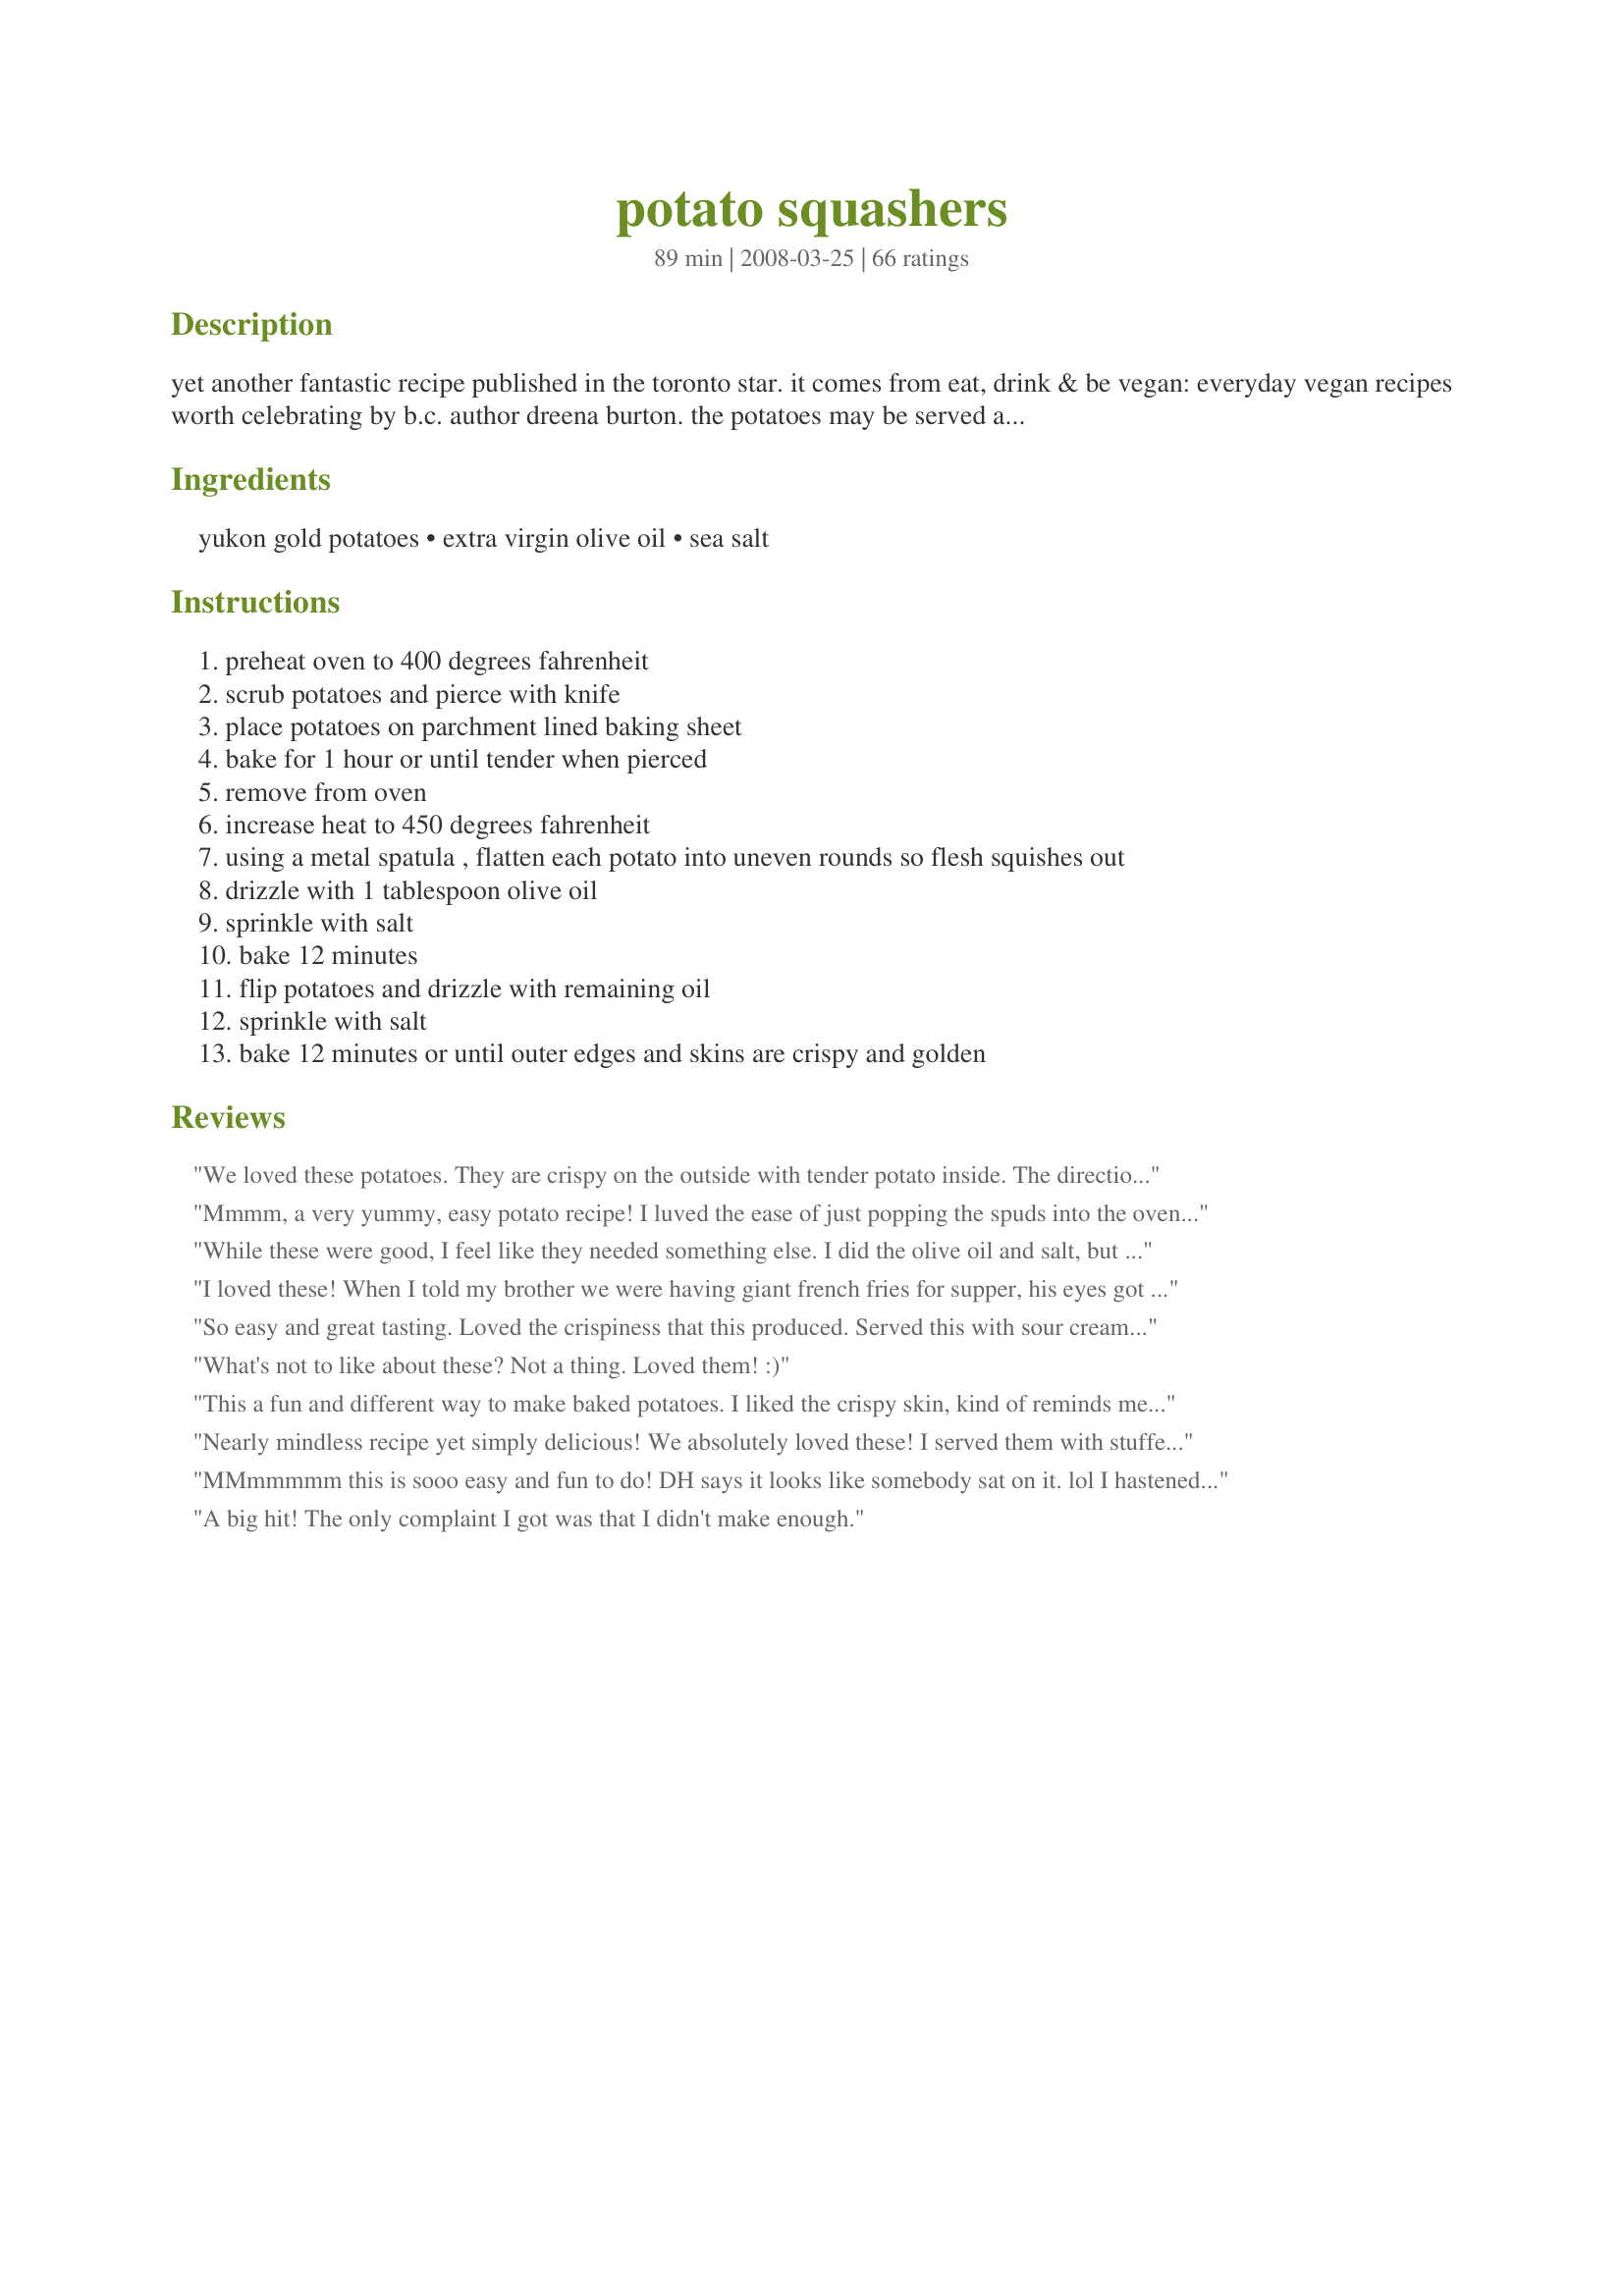
potato squashers
Preparation time: 89 minutes

yet another fantastic recipe published in the toronto star. it comes from eat, drink & be vegan: everyday vegan recipes worth celebrating by b.c. author dreena burton.
the potatoes may be served as is or with your favourite toppings; i.e. sour cream)

Ingredients:
yukon gold potatoes, extra virgin olive oil, sea salt

Steps:
preheat oven to 400 degrees fahrenheit
scrub potatoes and pierce with knife
place potatoes on parchment lined baking sheet
bake for 1 hour or until tender when pierced
remove from oven
increase heat to 450 degrees fahrenheit
using a metal spatula , flatten each potato into uneven rounds so flesh squishes out
drizzle with 1 tablespoon olive oil
sprinkle with salt
bake 12 minutes
flip potatoes and drizzle with remaining oil
sprinkle with salt
bake 12 minutes or until outer edges and skins are crispy and golden

Reviews:
We loved these potatoes. They are crispy on the outside with tender potato inside. The directions are well written and easy to follow. This was served with steam vegetables and recipe #275982 for a delicious meal. Made for PAC Spring 2008.
Mmmm, a very yummy, easy potato recipe!
I luved the ease of just popping the spuds into the oven and letting them roast away.
The skins got very crispy and the interior of the taters was so creamy and somehow buttery. SOOO YUMMY!!!!
Thank you so much for sharing this great recipe with us, dreamer! I will certainly make it again, maybe topping the taters with some cheese.
Made and reviewed for one of my PAC babies March 2010.
While these were good, I feel like they needed something else. I did the olive oil and salt, but perhaps I was light handed. They were a nice addition to our dinner. Next time I may add some bacon bits or cheddar, to mimic a potato skin. Thanks for sharing, Dreamer In Ontario.
I loved these! When I told my brother we were having giant french fries for supper, his eyes got all big- and that's what these tasted like, though they were easier and healthier. Even using plain old white potatoes, they tasted great. On the second side I tried brushing the oil on, which helped it spread better. I'll make these again ASAP! Thanks! UPDATE: The words of my (picky) little brother the next day: "That potato was one of the best things I've ever eaten!" AND ANOTHER UPDATE: I'm now living with my cousin and her family, and they raved over these, too! I added a little chopped garlic to the olive oil on the second side. *yum*. These will definitely be a repeat here!
So easy and great tasting. Loved the crispiness that this produced. Served this with sour cream. I did use kosher salt instead of sea salt since that was what I had. Thanks. Made for PRMR
What's not to like about these? Not a thing. Loved them! :)
This a fun and different way to make baked potatoes. I liked the crispy skin, kind of reminds me of potato skin appetizers as for the texture. I made as written, then adding a little butter and sour cream. Thanks for sharing. Made for PRMR tag.
Nearly mindless recipe yet simply delicious! We absolutely loved these! I served them with stuffed peppers with cheese (including my revisions - see rating). Stellar meal! Thank you! This recipe's a keeper...
MMmmmmm this is sooo easy and fun to do! DH says it looks like somebody sat on it. lol
I hastened the cooking process by microwaving it for 7 mins cutting out 55mins of baking (great isn't it? :D ), then squashed it and poured oil with salt on it. Waited for it to bake in the oven for 12mins/each side and voila!So tasty!Slight salty crunchy outer skin that's soft inside. Fabulous! Made for WZT4's family picks.
A big hit! The only complaint I got was that I didn't make enough.
Double WOW. This is fantastic! My family were eating these out of their hands. Great way to use up those potatoes that are small and take forever to peel. <br/><br/>Update: Dec. 29/11 I have made these several times and have always used smaller red potatoes - maybe next time I will use Yukons (as stated in the recipe).
Awesome way to do potatoes! I admit I may have cooked them longer. We were drinking wine and really didn't have an eye on the time. They may have cooked for about almost 2 hours total. They ended up crispy on the outside and so tender and potatoey fluffly on the inside. Fantastic!
Love this recipe. It was so easy, not much more effort than the microwave and the taste is so much better. Even the skin came out crispy and yummy. I've done this several times now - the first exactly as listed (great) and then with differant toppings added AFTER they were done - once a caper-sour cream and another salsa and cheese - no matter how it's done it's been great. Thanks for a great recipe.
These were really good potatoes. Very simple and tasty. They were, as others have already said, very soft on the inside and crunchy on the outside. Thanks for sharing Dreamer.
Awesome!!
Very good and very quite simple! I tossed some onion slices with olive oil, salt and pepper, and then I added them around the potatoes before baking. They were delicious, too! Thanks!
Yum, Yum, Yum
What a great alternative to the standard baked potato. And who would have thought with just the addition of a few x-tra ingredients the flavor goes way up. I did sprinkle a touch of garlic salt on the one side along with some sprinkles of baconbits and shredded cheddar. Yum, Yum!!!
Made for HolidayTag.
Wonderful! I cheated and microwaved small red potatoes, then baked in the oven. Great! Thanks Dreamer! Made for ZWT4-Family Picks!
Ha! these were so fun. It's like your destroying the potato, but only to make it better! We have to serve these next time we have guests over. The crunchy/creamy texture is wonderful. We used red potatoes and had em with a little dollop of sour cream. Yummy!
Another easy and fun way to dress up mashed potatoes! I canâ€™t get enough of this stuff!
The skin was a little tough, probably because I used russet potatoes. I squashed them a little too hard, oops! Nevertheless, they were so good! Can't wait to try this with other potatoes!
Made for the *PRMR* game, this is a tasty & unique quick-fix. I made the recipe 2X ~ 1st as a trial on Fri nite ahead of dinner guests on Sat & then again Sat nite. We really liked them Fri nite, but felt they would benefit from a boost of flavor. For us, that was garlic, so the 2nd batch was brushed w/garlic-infused olive oil to create the *Wow Factor* we were after. I esp like that these will always be a good potato side-dish to nearly every entree I might serve & do not require all the high-calorie add-ons typical of baked potatoes. Thx for shraing this recipe w/us. :-)
These are great! We served some as-is with ketchup, and added the bacon, cheese, and green onion to some for a super treat! Made for PRMR.
What fun! Loved how crispy the outside got. I rarely meet a potato that I don't love, and this is recipe is no exception. Thanks for sharing! Made for PRMR tag.
i cant believe how well these turned out,,, the whole family loves them,,, will be making them again and again
These things are like crack! They are addictive, good and so easy. I have no idea how they come out so creamy on the inside, maybe its the type of potato. But, D-LISH! HMMMMM.
Excellent. We enjoyed these today. I did sprinkle some cajun spice on ours before I sprinkled the sea salt. Very good. Thanks dreamer.
We love these thangs! What a great idea! You can use any kind of potato for these really. They are simple to prepare, and so good!
I don't think Tom actually believed me when I said we needed to bake a potato and then squish it. These are fun and GOOD. I love the crunchy crispy thing. If I can get him to make these instead of regular old baked potatoes all the time, my life will be completed ;)
Made for ZWT
mmmm...happy reviewer #45 here. I like these so much better than boring old mashed! And about the fluffiest baked pot I've ever had. I made them this aft in the toaster oven and I wish I had some miso gravy to pour over. Yum...this little recipe will be etched in my brain now for future use. Thanks Dreamer! Made for PARTY tag Dec09.
Great potatoes! I thought at first it was too much baking, but the potatoes did indeed end up crispy outside and soft and creamy inside. Thanks, Dreamer!
These were really good. We had some really tiny yukon gold and red potatoes. They were great. The different textures, the silky soft and the crunchy on the outside. I had seen a recipe that called for pan frying them to crisp them but this was so easy. I cooked them at the same time as I was making some cookies so they cooked a little longer but at 350 degrees. Yum.
Made with baby red skin's and they were awesome. I drizzled with a bit of garlic flavored olive oil and fine sea salt. I'm making them for a second time tonight.
These were very good, and as others have mentioned they are quite versatile in terms of good topping options. We found the skin to be a little bit too tough for us (especially for our 2 y/o) but that could be a function of my having used russet potatoes. These were easy to prepare, but be careful as you squash as two of mine split in half and I lost lots of filling when I flipped them. Thanks for posting, Dreamer...I know we'll try these again with yukon gold potatoes :). Made for PRMR.
Good spuds-crispy outsides and fluffy tender insides. We loved them thank you.
these are fantastic little devils :) i used pc mixed gems potatoes and added sour cream to it.
Yummy! I love crispy potatoes and these were perfect. I've done squashed potatoes in a pan before, but really prefer this method. Thank you for sharing! Made for Veg Swap.
So easy, delicious and definately a keeper!! Made for February Suan and Spice Event 2013. Thank you for posting.
These are wonderful. They get nice and crisp on the edges and because they are small there is a lot of crispy edges per potato. I have to make extra cuz DH can&#039;t get enough. Thank you for sharing with us.
Yummy potatoes! The squashed appearance might be best suited for your family, but they do taste great. I liked the crispness the oil gave to them. Like another reviewer, I also microwaved mine initially to save time. Served these plain as a side dish, but I could see guacamole and nonfat sour cream being good on these too (like a potato skin).
Oh boy these are soooo good! As I was short on time I did microwave the potatoes to "bake" them, then cooked them in the oven after squashing as directed. They were great plain and with sour cream. Thanks for posting this great recipe!
I made these for a happy hour and they were a big hit !!! Will make again but will use small potatoes.
I have made these several times and every time I do, Hubby thinks it is the first time and says it's a "keeper". It makes me laugh that he can't remember them but at least he's consistent! Putting it into my 'search is over' public cookbook.
These little guys were so tasty. I cooked the potatoes first in the microwave, then transferred them to a baking sheet for squashing and crisping in the oven. I added a little bit of fresh chopped chives and freshly ground pepper with the olive oil and salt. Very enjoyable.
Featured in my Book#237470. Originally reviewed on Aug. 24, 2008. Perfectly delicious! And healthy too. I can't wait to share this with our kids. Love the smashing down part. Easy to make and easy to clean up later. Thanks Dreamer in Ontario for sharing! Made for Everyday is a Holiday tag.
YUM FUN!
I can see this recipe hitting 1000 reviews in no time!
I used Recipe #202377 And then topped with salt I found in France that was truffle 
infused! I just took this so simply made dish and made it so exquisite. I so wish I lived in France! But America isn`t so bad! 
Ay, neither is Canada! Thanks for this fun recipe!
Such a fun recipe. These are very yummy tasting just like a French fry with out the mess or all the fat "Yea". Find that baked potatoes are as a rule just a vessel for very fattening toppings. These lovely little gems however are great with or without toppings. Thanks so much for the post.
so easy and so yummy. I added a a little cheese at the end of baking and delish!
these were very yummy... we especially liked the crunchy crust!
These are a nice alternative to regular baked potatoes. My DH loved the crunchy exterior and tender inside. My eldest son (7) ate around the peel, but liked them as well.
WOW - these potatoes are to die for! Soft on the inside and nice, crunchy and salty on the outside, kind of like a baked potato wrapped up in a big yummy potato chip. We all loved them and the kids are already asking for me to make them again.To cut back on the cooking time we microwawed them for 10 min which reduced the first 60 min baking time to 30 min. This recipe goes straight in our favorites book.
Yum! We loved these tasty, little potatoes. They are so easy to prepare and have a wonderful crunch to the skin. I made them as written using the olive oil, salt and some pepper, but I can see that these would be very versatile using your favorite spices. My husband had his plain, but I added a dollop of sour cream and some chives to mine. Thank you for sharing this wonderful, easy recipe...it is definitely a keeper!<br/>**Made for 2012 Adopt-A-Tag**
An interesting way to serve up potatoes, & very easy to prepare, too! Served them with just a very small pat of butter! Will be keeping this recipe around for a long, long time! Thanks for a great one! [Tagged, made & reviewed as an extra recipe for one of my vegan teammates in the Vegetarian/Vegan Recipe Swap]
What a great idea! DH says it's like eating a french fry stuffed with mashed potatoes. It is the first time in over a year that he has eaten a whole potato!! The only thing I did different was to use Canola oil because I am not fussy about the taste of Olive oil. Thank you for a new twist on a tired vegetable - you have given it new hope. A keeper for sure.
I wouldn't know what there would be to not like about this recipe. It is really easy to do and puts a new twist on the classic baked potato. I had some red skin potatoes that I bought on sale last week that needed to be used up. So, I used those but that was the only change I made. I like that it would encourage people to eat the skins of the spuds which are so good for them. I also like that you could use these like baked potatoes and use sour cream and the like or you can use them a bit like roast potatoes for a roast or something. I served them alongside some pork chops with a mushroom onion gravy and they were great with a bit of the gravy over them. Made for PAC Fall 2008.
These are fantastic! I have to admit I cheated, I nuked the spuds instead of baking them cuz I was in a hurry, but I don't think it did them any harm. Followed instructions after that. Served with sour cream, cheddar cheese, green onions and bacon bits. Wonderful! Easy! Thank you!
Easy-peasy and tasty too. Topped with sour cream and Recipe #90073 for a great sidedish.
Wonderfully simple and totally delicious-this is going to become a regular on my dinner table!
Fabulously crisp on the outside and so fluffy on the inside-mmmmm!!
Thanks for sharing!
What a wonderful recipe! Quick to make! Only basic ingredients - so they can be made at almost any time. And for those - like me - who love well-crisped and browned potatoes, just heavenly. We enjoyed these immensely with a generous dollop of Greek yoghurt and a sprinkling of chives. I'll be making these again and again! And, Dreamer in Ontario, dreaming of them betwixt the times when I make them! Thanks so much for sharing this recipe!
Anything that is potato is good!

I do mine a little differntly so I hope you don't mind that I share. I cook the potatoes in the microwave first then I squash them. I pan fry them in olive oil and top with shredded cheddar, bacon bits and green onion.

Lovely recipe!!
We really enjoyed these. I used bacon grease (not exactly vegan) in place of the olive oil.

I like the idea of cheese, bacon bits and onions. I will try that next time.
Loved it and so did the whole family. So easy and did take advice of using the microwave first. 
Thanks
Yum- super easy and tasty. I followed the recipe except added some garlic salt instead of plain salt. Served it as a side to veggie burgers along with steamed broccoli. Thanks for posting, I'll make it again for sure. Made for the October 08 veggie swap.
These spuds were so good!! I like "baked" baked potatoes (rather than microwaved) and these tasted just like one. The oil gave the skins a nice crispy texture and the inside was fluffly. We topped these with butter and sour cream; next time may add cheese and bacon and make a loaded squashed potato! Made for PRMR.
We thought these were good but not something that WOWed us. DH wanted to know where was the ketchup? I made this using small yukon gold potatoes and pierced them with a knife. At 45 minute cooking time one of them popped. :( So I never increased the heat put followed the rest of the recipe. Thanks for posting. :)
